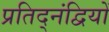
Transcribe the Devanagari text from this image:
प्रतिद्नंद्वियों